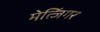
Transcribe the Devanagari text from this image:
मेत्जिंगर